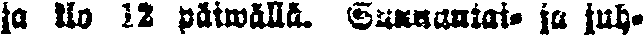
ja klo 12 päiwällä. Sunnuntai- ja juh-